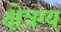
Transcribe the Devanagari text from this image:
क्षेत्रग्य